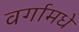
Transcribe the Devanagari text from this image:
वर्गामधे